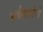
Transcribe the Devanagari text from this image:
अर्थतज्ञांचे